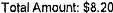
TOTAL AMOUNT: $8.20